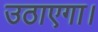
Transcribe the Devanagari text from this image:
उठाएगा।